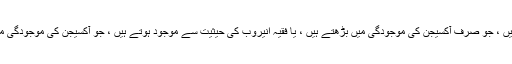
یہ کولیرا وبریو جیسے واجب الادا وجود کے طور پر موجود ہوسکتے ہیں ، جو صرف آکسیجن کی موجودگی میں بڑھتے ہیں ، یا فقیہ انیروب کی حیثیت سے موجود ہوتے ہیں ، جو آکسیجن کی موجودگی میں بڑھتے ہیں ، لیکن وہ بھی ایروبک حالات کو برداشت کرسکتے ہیں۔